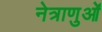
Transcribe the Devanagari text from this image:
नेत्राणुओं